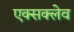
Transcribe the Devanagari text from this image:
एक्सक्लेव